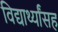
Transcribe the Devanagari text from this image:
विद्यार्थ्यांसह